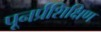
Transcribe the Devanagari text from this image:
पूनर्प्रशिक्षिण